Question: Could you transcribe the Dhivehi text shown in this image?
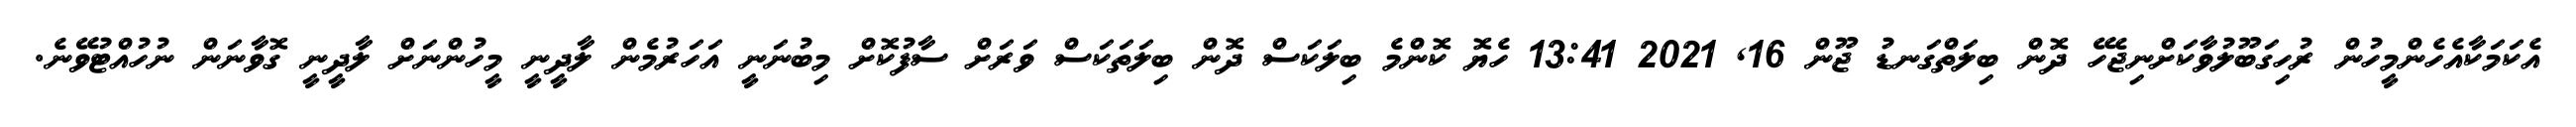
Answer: އެކަމަކާއެހެންމީހުން ރުހިގަބޫލުވާކަށްނިޖެހޭ ދޮން ބިލަތްގަނޑު ޖޫން 16, 2021 13:41 ހެޔޮ ކޮންމެ ބިލަކަސް ދޮން ބިލަތަކަސް ވަރަށް ސާފުކޮށް މިބުނަނީ އަހަރުމެން ލާދީނީ މީހުންނަށް ލާދީނީ ގޮވާނަން ނުހުއްޓުވޭނެ.